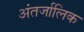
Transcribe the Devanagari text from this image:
अंतर्जालिक